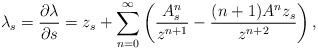
LaTeX: \begin{align*}\lambda_s=\frac{\partial \lambda}{\partial s}=z_s+\sum_{n=0}^{\infty}\left(\frac{A^n_s}{z^{n+1}}-\frac{(n+1)A^nz_s}{z^{n+2}}\right),\end{align*}